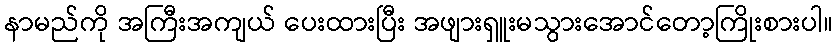
နာမည်ကို အကြီးအကျယ် ပေးထားပြီး အဖျားရှူးမသွားအောင်တော့ကြိုးစားပါ။